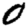
Digit: 0